Report on vaccination in Madras 1895-1903 - 1895-1903
Year: 1895
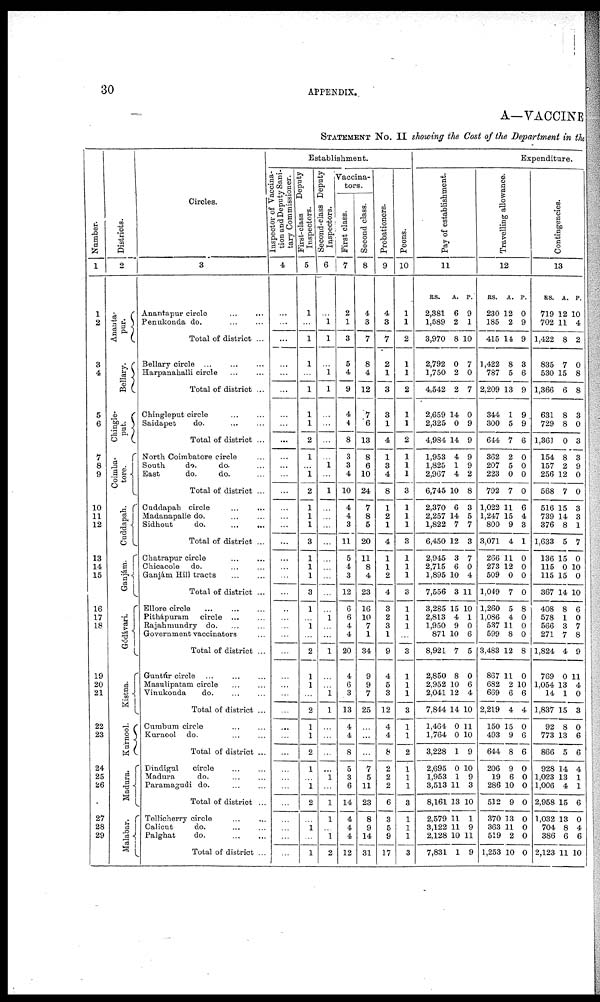
30
APPENDIX.
A—VACCINE
STATEMENT No. II showing the Cost of the Department in the
Number.
1
1
2
3
4
5
6
7
8
9
10
11
12
13
14
15
16
17
18
19
20
21
22
23
24
25
26
27
28
29
Districts.
2
Ananta-
pur.
Bellary.
Chingle-
put.
Coimba-
tore.
Cuddapah.
Ganjám.
Gódávari.
Kistna.
Kurnool.
Madura.
Malabar.
Circles.
3
Anantapur circle ... ...
Penukonda do. ... ...
Total of district ...
Bellary circle ... ...
Harpanahalli circle ... ...
Total of district ...
Chingleput circle
...
...
Saidapet
do. ... ...
Total of district ...
North Combatore circle ...
South.
do.
do. ...
East
do.
do. ...
Total of district ...
Cuddapah circle
...
...
Madanapalle do. ... ... ...
Sidhout
do.
...
...
Total of district ...
Chatrapur circle ... ...
Chicacole do. ... ...
Ganjám Hill tracts ... ...
Total of district ...
Ellore circle ... ... ...
Pithápuram circle ... ...
Rajahmundry do. ... ...
Government vaccinators ...
Total of district ...
Guntúr circle ... ...
Masulipatam circle ... ...
Vinukonda
do. ... ...
Total of district ...
Cumbum circle ... ...
Kurnool do. ... ...
Total of district ...
Dindigul
circle
...
...
Madura
do. ... ...
Paramagudi do. ... ...
Total of district ...
Tellicherry circle
...
...
Calicut
do. ... ...
Palghat
do.
...
...
Total of district ...
Establishment.
Inspector of vaccina-
tion and Deputy Sani-
tary Commissioner.
4
...
...
...
...
...
...
...
...
...
...
...
...
...
...
...
...
...
...
...
...
...
...
...
...
...
...
...
...
...
...
...
...
...
...
...
...
...
...
...
...
...
First-class
Deputy
Inspectors.
5
1
...
1
1
...
1
1
1
2
1
...
1
2
1
1
1
3
1
1
1
3
1
...
1
...
2
1
1
...
2
1
1
2
1
...
1
2
...
1
...
1
Second-class Deputy
Inspectors.
6
...
1
1
...
1
1
...
...
...
...
1
...
1
...
...
...
...
...
...
...
...
...
1
...
...
1
...
...
1
1
...
...
...
...
1
...
1
1
...
1
2
Vaccina-
tors.
First class.
7
2
1
3
5
4
9
4
4
8
3
3
4
10
4
4
3
11
5
4
3
12
6
6
4
4
20
4
6
3
13
4
4
8
5
3
6
14
4
4
4
12
Second class.
8
4
3
7
8
4
12
7
6
13
8
6
10
24
7
8
5
20
11
8
4
23
16
10
7
1
34
9
9
7
25
...
...
...
7
5
11
23
8
9
14
31
Probationers.
9
4
3
7
2
1
3
3
1
4
1
3
4
8
1
2
1
4
1
1
2
4
3
2
3
1
9
4
5
3
12
4
4
8
2
2
2
6
3
5
9
17
Peons.
10
1
1
2
1
1
2
1
1
2
1
1
1
3
1
1
1
3
1
1
1
3
1
1
1
...
3
1
1
1
3
1
1
2
1
1
1
3
1
1
1
3
Expenditure.
Pay of establishment.
11
RS.
2,381
1,589
3,970
2,792
1,750
4,542
2,659
2,325
4,984
1,953
1,825
2,967
6,745
2,370
2,257
1,822
6,450
2,945
2,715
1,895
7,556
3,285
2,813
1,950
871
8,921
2,850
2,952
2,041
7,844
1,464
1,764
3,228
2,695
1,953
3,513
8,161
2,579
3,122
2,128
7,831
A.
6
2
8
0
2
2
14
0
14
4
1
4
10
6
14
7
12
3
6
10
3
15
4
9
10
7
8
10
12
14
0
0
1
0
1
11
13
11
11
10
1
P.
9
1
10
7
0
7
0
9
9
9
9
2
8
3
5
7
3
7
0
4
11
10
1
0
6
5
0
6
4
10
11
10
9
10
9
3
10
1
9
11
9
Travelling allowance.
12
RS.
230
185
415
1,422
787
2,209
344
300
644
362
207
223
792
1,022
1,247
800
3,071
266
273
509
1,049
1,260
1,086
537
599
3,483
867
682
669
2,219
150
493
644
206
19
286
512
370
363
519
1,253
A.
12
2
14
8
5
13
1
5
7
2
5
0
7
11
15
9
4
11
12
0
7
5
4
11
8
12
11
2
6
4
15
9
8
9
6
10
9
13
11
2
10
P.
0
9
9
3
6
9
9
9
6
0
0
0
0
6
4
3
1
0
0
0
0
8
0
0
0
8
0
10
6
4
0
6
6
0
0
0
0
0
0
0
0
Contingencies.
13
RS.
719
702
1,422
835
530
1,366
631
729
1,361
154
157
256
568
516
739
376
1,633
136
115
115
367
408
578
566
271
1,824
769
1,054
14
1,837
92
773
866
928
1,023
1,006
2,958
1,032
704
386
2,123
A.
12
11
8
7
15
6
8
8
0
8
2
12
7
15
14
8
5
15
0
15
14
8
1
3
7
4
0
13
1
15
8
13
5
14
13
4
15
13
8
6
11
P.
10
4
2
0
8
8
3
0
3
3
9
0
0
3
3
1
7
0
10
0
10
6
0
7
8
9
11
4
0
3
0
6
6
4
1
1
6
0
4
6
10